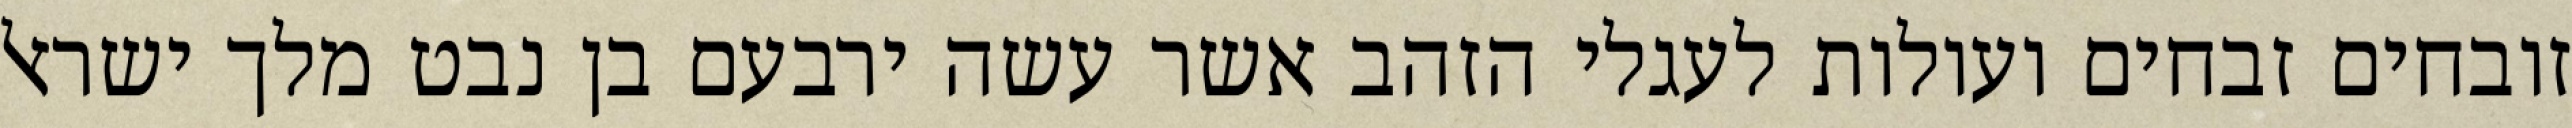
זובחים זבחים ועולות לעגלי הזהב אשר עשה ירבעם בן נבט מלך ישראל